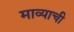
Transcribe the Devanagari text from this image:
माव्याची